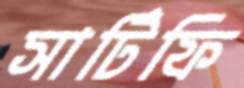
সার্টিফি